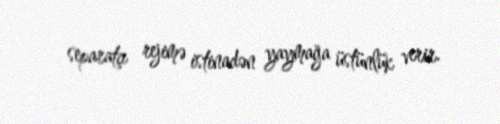
separatçı rejimə istinadən yaymağa üstünlük verir.